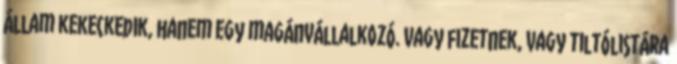
állam kekeckedik, hanem egy magánvállalkozó. Vagy fizetnek, vagy tiltólistára